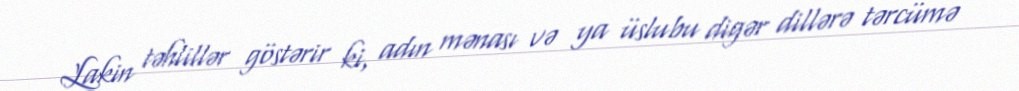
Lakin təhlillər göstərir ki, adın mənası və ya üslubu digər dillərə tərcümə